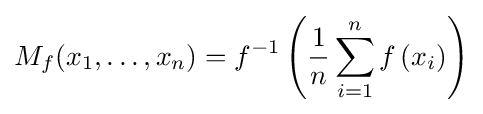
M_{f}(x_{1},\dots ,x_{n})=f^{-1}\left({{\frac {1}{n}}\sum _{i=1}^{n}{f\left(x_{i}\right)}}\right)